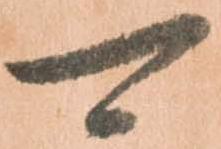
可